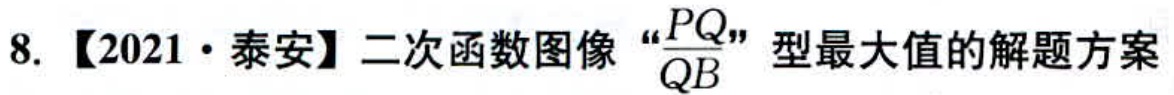
8. 【2021·泰安】二次函数图像“\(\frac{PQ}{QB}\)”型最大值的解题方案